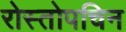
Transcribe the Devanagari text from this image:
रोस्तोपचिन